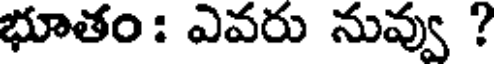
భూతం : ఎవరు నువ్వు ?